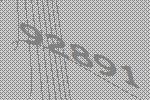
92891